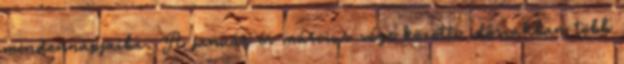
mindennapjaiba. A január és március vége közötti időszakban több